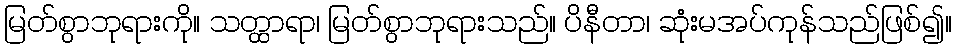
မြတ်စွာဘုရားကို။ သတ္ထာရာ၊ မြတ်စွာဘုရားသည်။ ပိနီတာ၊ ဆုံးမအပ်ကုန်သည်ဖြစ်၍။